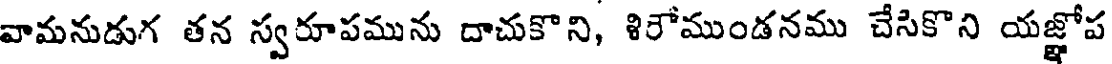
వామనుడుగ తన స్వరూపమును దాచుకొని, శిరోముండనము చేసికొని యజ్ఞోప